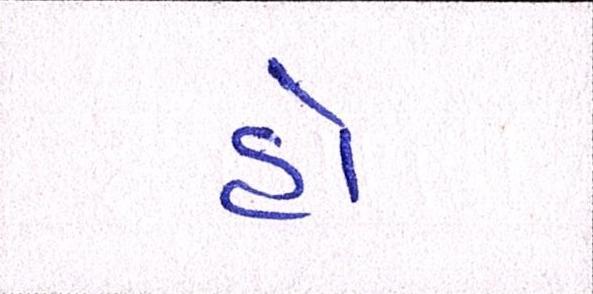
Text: હો